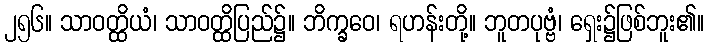
၂၅၆။ သာဝတ္ထိယံ၊ သာဝတ္ထိပြည်၌။ ဘိက္ခဝေ၊ ရဟန်းတို့။ ဘူတပုဗ္ဗံ၊ ရှေး၌ဖြစ်ဘူး၏။